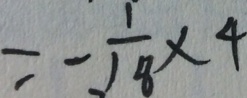
= - \frac { 1 } { 1 8 } \times 4